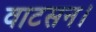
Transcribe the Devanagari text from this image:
वाटसन।